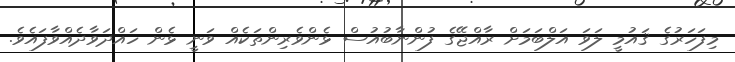
މިފަހަރުގެ ޤައުމީ ލަވަ އަލްބަމަށް ރާއްޖޭގެ ފުންނާބުއުސް ޅެންވެރިންތަކެއް ވަނީ ޅެން ހައްދަވާދެއްވާފައެވެ.